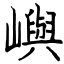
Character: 嶼